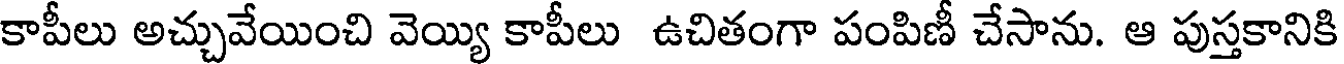
కాపీలు అచ్చువేయించి వెయ్యి కాపీలు ఉచితంగా పంపిణీ చేసాను. ఆ పుస్తకానికి